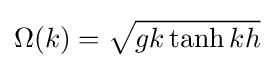
\Omega (k)={\sqrt {gk\tanh kh}}